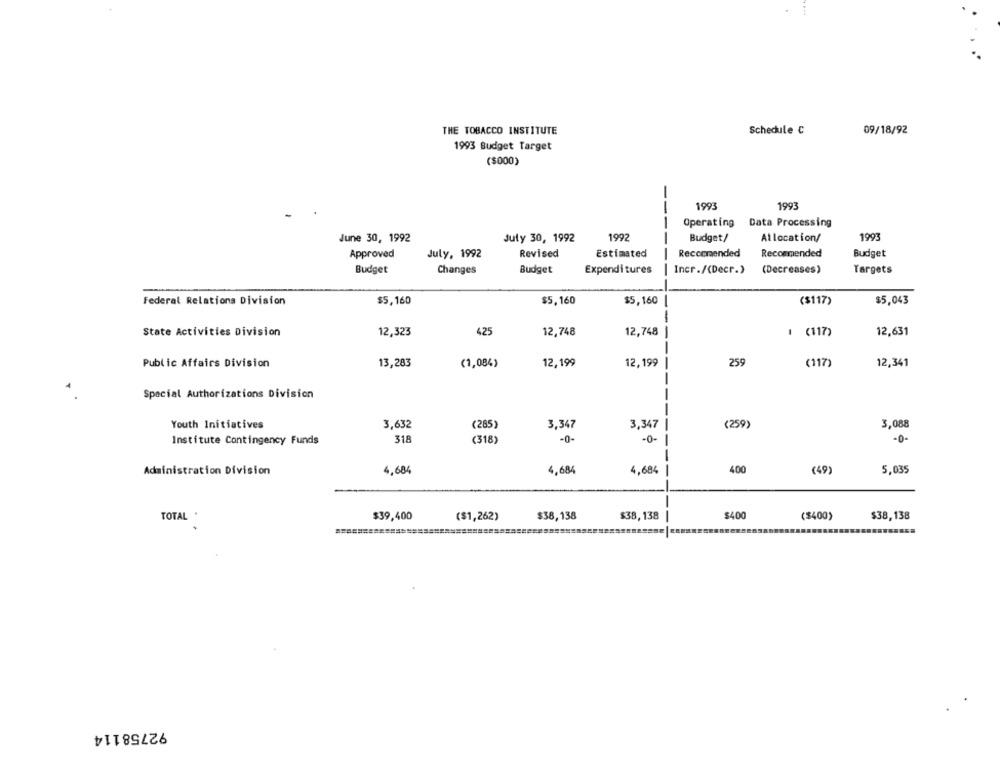
THE TOBACCO INSTITUTE
Schedule C
09/18/92
1993 Budget Target
($000)
1993
1993
Operating Data Processing
June 30, 1992
July 30, 1992
1992
Budget/
Allocation/
1993
Approved
July, 1992
Revised
Estimated
Recommended
Recommended
Budget
Budget
Changes
Budget
Expenditures
Incr./(Decr.)
(Decreases)
Targets
Federal Relations Division
$5,160
$5,160
$5,160
($117)
$5,043
--
State Activities Division
12,323
425
12,748
12,748
1 (117)
12,631
--
Public Affairs Division
13,283
(1,084)
12,199
12,199
259
(117)
12,341
--
Special Authorizations Division
Youth Initiatives
3,632
(285)
3,347
3,347
(259)
3,088
Institute Contingency Funds
318
(318)
-0-
-0-
-0-
----
Administration Division
4,684
4,684
4,684
-
400
(49)
5,035
TOTAL *
$39,400
($1,262)
$38,138
$38, 138
$400
($400)
$38,138
============
92758114